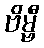
ဗိမ္ဗီ